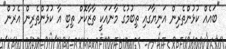
"ބައެއް ކުޅުންތެރިން އަނިޔާގައި ތިބުމުގެ މާނައަކީ ތާޒާކޮށް ތިބި އާ ކުޅުންތެރިން އެރުން"